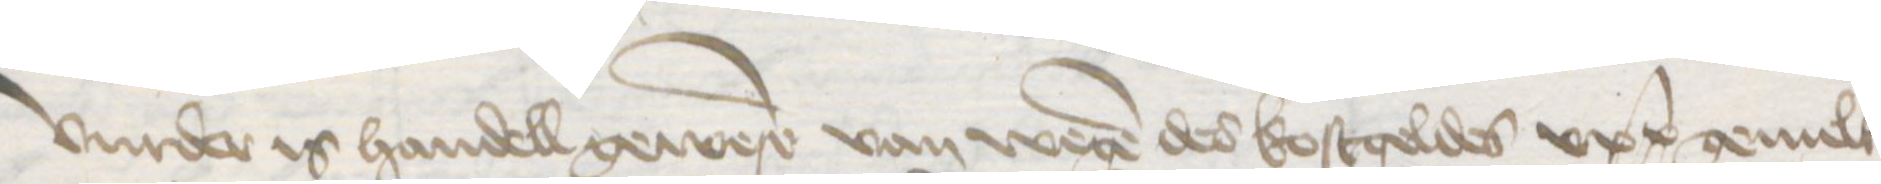
Vurder is handell gewesen van wegen des kostgeldes upp gemelter